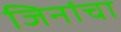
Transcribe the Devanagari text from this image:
जिनांचा